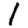
Digit: 1